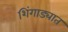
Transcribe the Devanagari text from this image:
शिंगाड्यात